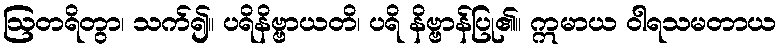
ဩတရိတွာ၊ သက်၍။ ပရိနိဗ္ဗာယတိ၊ ပရိ နိဗ္ဗာန်ပြု၏။ ဣမာယ ဝါရသမတာယ